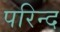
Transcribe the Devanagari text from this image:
परिन्द